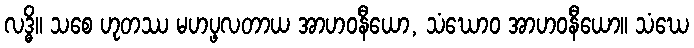
လဒ္ဓိ။ သစေ ဟုတဿ မဟပ္ဖလတာယ အာဟဝနီယော, သံဃောဝ အာဟဝနီယော။ သံဃေ